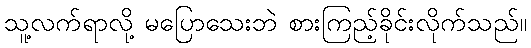
သူ့လက်ရာလို့ မပြောသေးဘဲ စားကြည့်ခိုင်းလိုက်သည်။